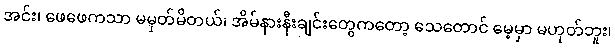
အင်း၊ ဖေဖေကသာ မမှတ်မိတယ်၊ အိမ်နားနီးချင်းတွေကတော့ သေတောင် မေ့မှာ မဟုတ်ဘူး၊